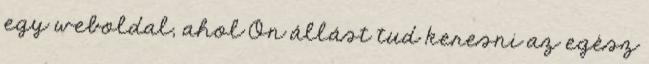
egy weboldal, ahol Ön állást tud keresni az egész